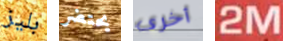
بليز يحتضر أخرى 2M